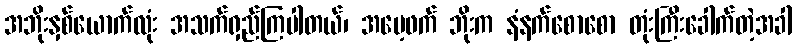
အဘိုးနှစ်ယောက်လုံး အသက်ရှည်ကြပါတယ်၊ အမေ့ဖက် ဘိုးက နံနက်စောစော တုံးကြီးခေါက်တဲ့အခါ